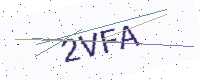
Text: 2VFA